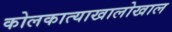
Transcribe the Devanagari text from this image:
कोलकात्याखालोखाल